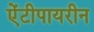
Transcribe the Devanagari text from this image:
ऐंटीपायरीन